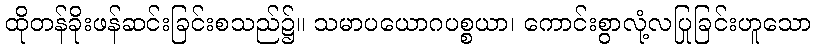
ထိုတန်ခိုးဖန်ဆင်းခြင်းစသည်၌။ သမာပယောဂပစ္စယာ၊ ကောင်းစွာလုံ့လပြုခြင်းဟူသော